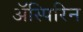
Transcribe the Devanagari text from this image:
अॅस्पिरिन